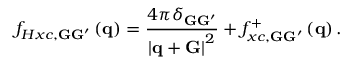
f _ { H x c , { \bf G } { \bf G } ^ { \prime } } \left( { \bf q } \right) = \frac { 4 \pi \delta _ { { \bf G } { \bf G } ^ { \prime } } } { \left| { \bf q } + { \bf G } \right| ^ { 2 } } + f _ { x c , { \bf G } { \bf G } ^ { \prime } } ^ { + } \left( { \bf q } \right) .